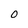
Character: O